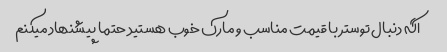
اگه دنبال توستر با قیمت مناسب و مارک خوب هستید حتما پیشنهاد میکنم